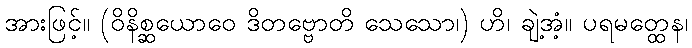
အားဖြင့်။ (ဝိနိစ္ဆယောဝေ ဒိတဗ္ဗောတိ သေသော၊) ဟိ၊ ချဲ့အံ့။ ပရမတ္ထေန၊